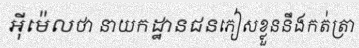
អ៊ីម៉េលថា នាយកដ្ឋានជនភៀសខ្លួននឹងកត់ត្រា